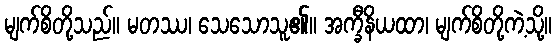
မျက်စိတို့သည်။ မတဿ၊ သေသောသူ၏။ အက္ခီနိယထာ၊ မျက်စိတို့ကဲ့သို့။